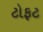
ટોફટ